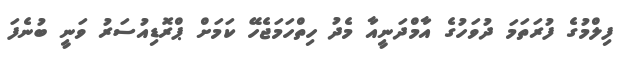
ފިލްމުގެ ފުރަތަމަ ދުވަހުގެ އާމްދަނީއާ މެދު ހިތްހަމަޖެހޭ ކަމަށް ޕްރޮޑިއުސަރު ވަނީ ބުނެފަ